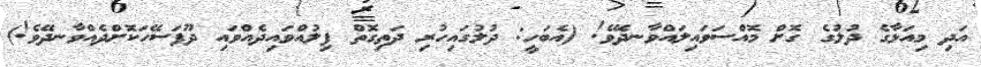
އަދި މިއަޅާގެ ދުލުގެ ގޮށް މޮއްސަވައިލައްވާނދޭވެ! (އެބަހީ: ދުލުގައިހުރި ދަތިގޮތް ފިލުއްވައިދެއްވައި ދޫފަސޭހަކޮށްދެއްވާނދޭވެ!)